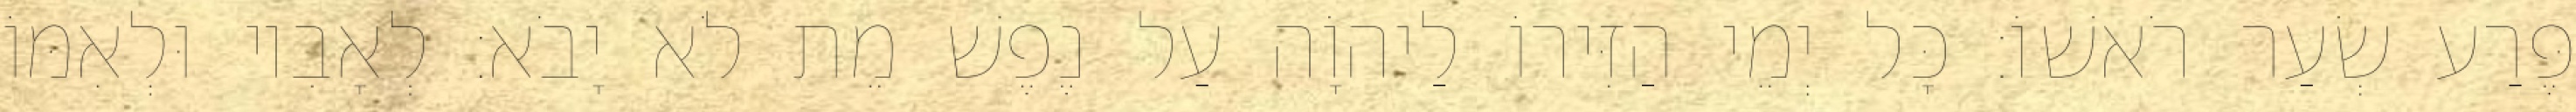
פֶּרַע שְׂעַר רֹאשׁוֹ׃ כָּל יְמֵי הַזִּירוֹ לַיהוָֹה עַל נֶפֶשׁ מֵת לֹא יָבֹא׃ לְאָבִיו וּלְאִמּוֹ